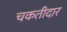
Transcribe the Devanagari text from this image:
चकतीदार